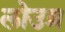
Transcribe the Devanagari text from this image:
लोउव्र